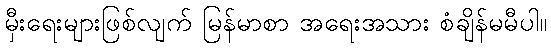
မှီးရေးများဖြစ်လျက် မြန်မာစာ အရေးအသား စံချိန်မမီပါ။